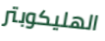
الهليكوبتر